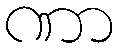
ဏာ